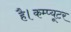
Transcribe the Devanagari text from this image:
है।कम्प्यूटर